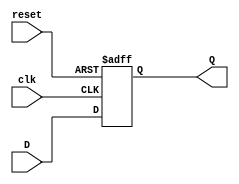
module neg_edge_d_ff(
  input wire D,
  input wire clk,
  input wire reset,
  output reg Q
);

always @(negedge clk or posedge reset) begin
  if (reset) begin
    Q <= 1'b0;
  end else begin
    Q <= D;
  end
end

endmodule